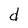
Character: d